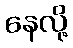
နေလို့